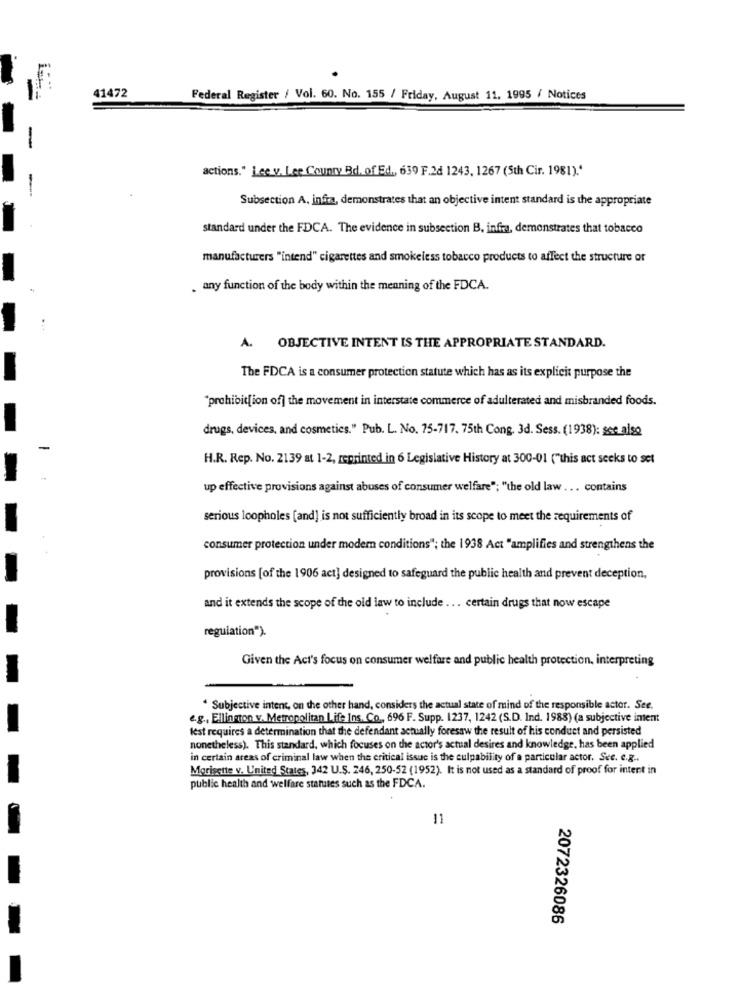
41472
Federal Register / Vol. 60. No. 155 / Friday, August 11, 1995 / Notices
actions." Lee v. Lee County Bd. of Ed ., 639 F.2d 1243, 1267 (5th Cir. 1981).'
Subsection A, infirma, demonstrates that an objective intent standard is the appropriate
standard under the FDCA. The evidence in subsection B. infira, demonstrates that tobacco
manufacturers "intend" cigarettes and smokeless tobacco products to affect the structure or
. any function of the body within the meaning of the FDCA.
A. OBJECTIVE INTENT IS THE APPROPRIATE STANDARD.
The FDCA is a consumer protection statute which has as its explicit purpose the
"prohibition of] the movement in interstate commerce of adulterated and misbranded foods.
drugs, devices, and cosmetics." Pub. L. No. 75-717. 75th Cong, 3d. Sess. (1938): see also
H.R. Rep. No. 2139 at 1-2, reprinted in 6 Legislative History at 300-01 ("this act seeks to set
up effective provisions against abuses of consumer welfare"; "the old law ... contains
serious loopholes [and] is not sufficiently broad in its scope to meet the requirements of
consumer protection under modem conditions"; the 1938 Act "amplifies and strengthens the
provisions [of the 1906 act] designed to safeguard the public health and prevent deception,
and it extends the scope of the old law to include ... certain drugs that now escape
regulation").
Given the Act's focus on consumer welfare and public health protection, interpreting
. Subjective intent, on the other hand, considers the actual state of mind of the responsible actor. See.
e.g ., Ellington v. Metropolitan Life Ins. Co ., 696 F. Supp. 1237, 1242 (S.D. Ind. 1988) (a subjective intent
fest requires a determination that the defendant actually foresaw the result of his conduct and persisted
nonetheless). This standard, which focuses on the actor's actual desires and knowledge, has been applied
in certain areas of criminal law when the critical issue is the culpability of a particular actor. See. c.g ..
Morisette v. United States, 342 U.S. 246, 250-52 (1952). It is not used as a standard of proof for intent in
public health and welfare statutes such as the FDCA.
11
2072326086